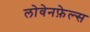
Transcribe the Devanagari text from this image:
लोवेनफ़ेल्स